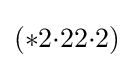
(*2{\cdot }22{\cdot }2)